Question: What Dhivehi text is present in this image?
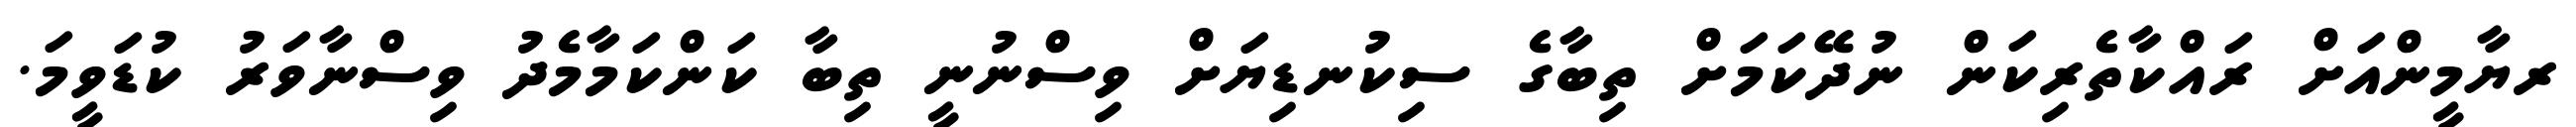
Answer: ރޔާމީންއަށް ރައްކާތެރިކަން ނުދޭކަމަށް ތިބާގެ ސިކުނޑިޔަށް ވިސްނުނީ ތިބާ ކަންކަމާމެދު ވިސްނާވަރު ކުޑަވީމަ.